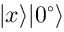
| x \rangle | 0 ^ { \circ } \rangle